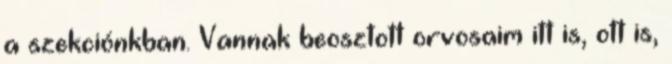
a szekciónkban. Vannak beosztott orvosaim itt is, ott is,